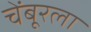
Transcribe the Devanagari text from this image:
चेंबूरला